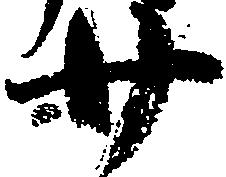
廿